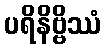
ပရိနိဗ္ဗိဿံ